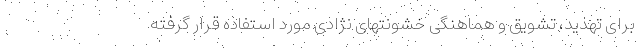
برای تهدید، تشویق و هماهنگی خشونتهای نژادی مورد استفاده قرار گرفته